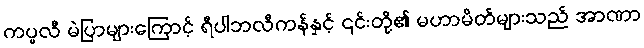
ကပ္ပလီ မဲပြာများကြောင့် ရီပါဘလီကန်နှင့် ၎င်းတို့၏ မဟာမိတ်များသည် အာဏာ